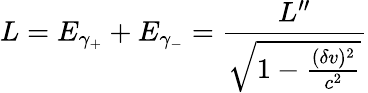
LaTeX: L=E_{\gamma_{+}}+E_{\gamma_{-}}=\frac{L^{\prime\prime}}{\sqrt{1-\frac{(\delta v)^{2}}{c^{2}}}}